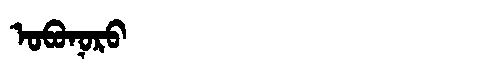
Manchu: ᠣᠪᠣᠨᠣᡵᠣ
Romanization: OBONORO